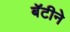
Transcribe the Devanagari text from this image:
बॅटीने